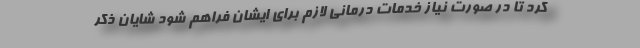
کرد تا در صورت نیاز خدمات درمانی لازم برای ایشان فراهم شود شایان ذکر